Report of the Indian Hemp Drugs Commission, 1894-1895 - Volume IV
Year: 1894
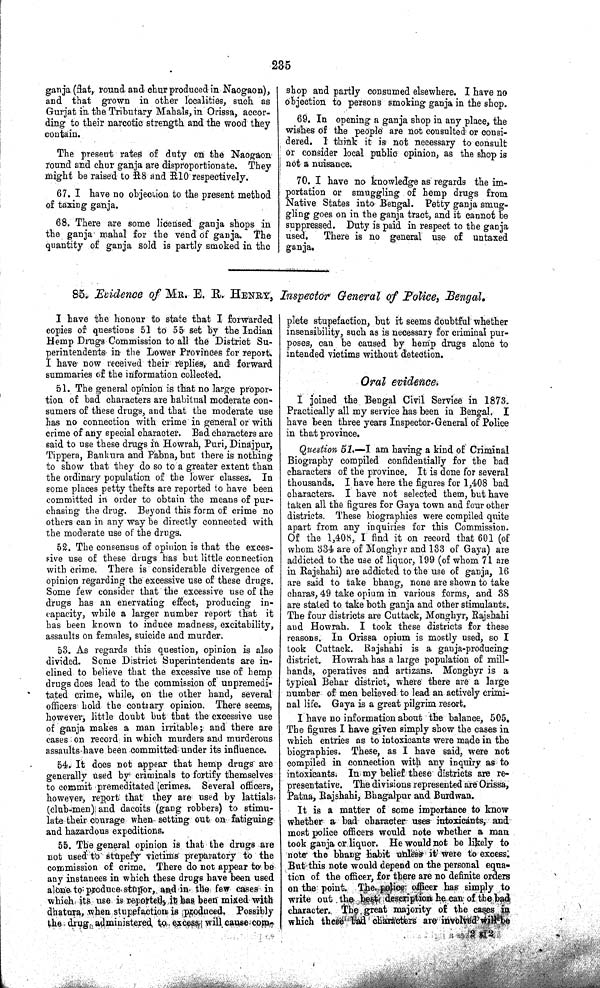
235
ganja (flat, round and chur produced in Naogaon),
and that grown in other localities, such as
Gurjat in the Tributary Mahals, in Orissa, accor-
ding to their narcotic strength and the wood they
contain.
The present rates of duty on the Naogaon
round and chur ganja are disproportionate. They
might be raised to R8 and R10 respectively.
67. I have no objection to the present method
of taxing ganja.
68. There are some licensed ganja shops in
the ganja mahal for the vend of ganja. The
quantity of ganja sold is partly smoked in the
shop and partly consumed elsewhere. I have no
objection to persons smoking ganja in the shop.
69. In opening a ganja shop in any place, the
wishes of the people are not consulted or consi-
dered. I think it is not necessary to consult
or consider local public opinion, as the shop is
not a nuisance.
70. I have no knowledge as regards the im-
portation or smuggling of hemp drugs from
Native States into Bengal. Petty ganja smug-
gling goes on in the ganja tract, and it cannot be
suppressed. Duty is paid in respect to the ganja
used.
There is no general use of untaxed
ganja.
85. Evidence of MR. E. R. HENRY, Inspector General of Police, Bengal.
I have the honour to state that I forwarded
copies of questions 51 to 55 set by the Indian
Hemp Drugs Commission to all the District Su-
perintendents in the Lower Provinces for report.
I have now received their replies, and forward
summaries of the information collected.
51. The general opinion is that no large propor-
tion of bad characters are habitual moderate con-
sumers of these drugs, and that the moderate use
has no connection with crime in general or with
crime of any special character. Bad characters are
said to use these drugs in Howrah, Puri, Dinajpur,
Tippera, Bankura and Pabna, but there is nothing
to show that they do so to a greater extent than
the ordinary population of the lower classes. In
some places petty thefts are reported to have been
committed in order to obtain the means of pur-
chasing the drug. Beyond this form of crime no
others can in any way be directly connected with
the moderate use of the drugs.
52. The consensus of opinion is that the exces-
sive use of these drugs has but little connection
with crime. There is considerable divergence of
opinion regarding the excessive use of these drugs.
Some few consider that the excessive use of the
drugs has an enervating effect, producing in-
capacity, while a larger number report that it
has been known to induce madness, excitability,
assaults on females, suicide and murder.
53. As regards this question, opinion is also
divided. Some District Superintendents are in-
clined to believe that the excessive use of hemp
drugs does lead to the commission of unpremedi-
tated crime, while, on the other hand, several
officers hold the contrary opinion. There seems,
however, little doubt but that the excessive use
of ganja makes a man irritable; and there are
cases on record in which murders and murderous
assaults have been committed under its influence.
54. It does not appear that hemp drugs are
generally used by criminals to fortify themselves
to commit premeditated crimes. Several officers,
however, report that they are used by lattials
(club-men) and dacoits (gang robbers) to stimu-
late their courage when setting out on fatiguing
and hazardous expeditions.
55. The general opinion is that the drugs are
not used to stupefy victims preparatory to the
commission of crime. There do not appear to be
any instances in which these drugs have been used
alone to produce stupor, and in the few cases in
which its use is reported, it has been mixed with
dhatura, when stupefaction is produced. Possibly
the drug administered to excess will cause com-
plete stupefaction, but it seems doubtful whether
insensibility, such as is necessary for criminal pur-
poses, can be caused by hemp drugs alone to
intended victims without detection.
Oral evidence.
I joined the Bengal Civil Service in 1873.
Practically all my service has been in Bengal. I
have been three years Inspector-General of Police
in that province.
Question 51.—I am having a kind of Criminal
Biography compiled confidentially for the bad
characters of the province. It is done for several
thousands. I have here the figures for 1,408 bad
characters. I have not selected them, but have
taken all the figures for Gaya town and four other
districts. These biographies were compiled quite
apart from any inquiries for this Commission.
Of the 1,408, I find it on record that 601 (of
whom 334 are of Monghyr and 133 of Gaya) are
addicted to the use of liquor, 199 (of whom 71 are
in Rajshahi) are addicted to the use of ganja, 16
are said to take bhang, none are shown to take
charas, 49 take opium in various forms, and 38
are stated to. take both ganja and other stimulants.
The four districts are Cuttack, Monghyr, Rajshahi
and Howrah. I took these districts for these
reasons. In Orissa opium is mostly used, so I
took Cuttack. Rajshahi is a ganja-producing
district. Howrah has a large population of mill-
hands, operatives and artizans. Monghyr is a
typical Behar district, where there are a large
number of men believed to lead an actively crimi-
nal life. Gaya is a great pilgrim resort.
I have no information about the balance, 505.
The figures I have given simply show the cases in
which entries as to intoxicants were made in the
biographies. These, as I have said, were not
compiled in connection with any inquiry as to
intoxicants. In my belief these districts are re-
presentative. The divisions represented are Orissa,
Patna, Rajshahi, Bhagalpur and Burdwan.
It is a matter of some importance to know
whether a bad character uses intoxicants, and
most police officers would note whether a man
took ganja or liquor. He would not be likely to
note the bhang habit unless it were to excess.
But this note would depend on the personal equa-
tion of the officer, for there are no definite orders
on the point. The police officer has simply to
write out the best description he can of the bad
character. The great majority of the cases in
which these bad characters are involved will be
2 I 2